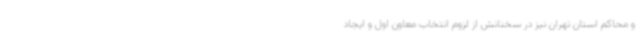
و محاکم استان تهران نیز در سخنانش از لزوم انتخاب معاون اول و ایجاد